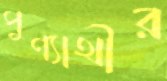
পুণ্যার্থীর